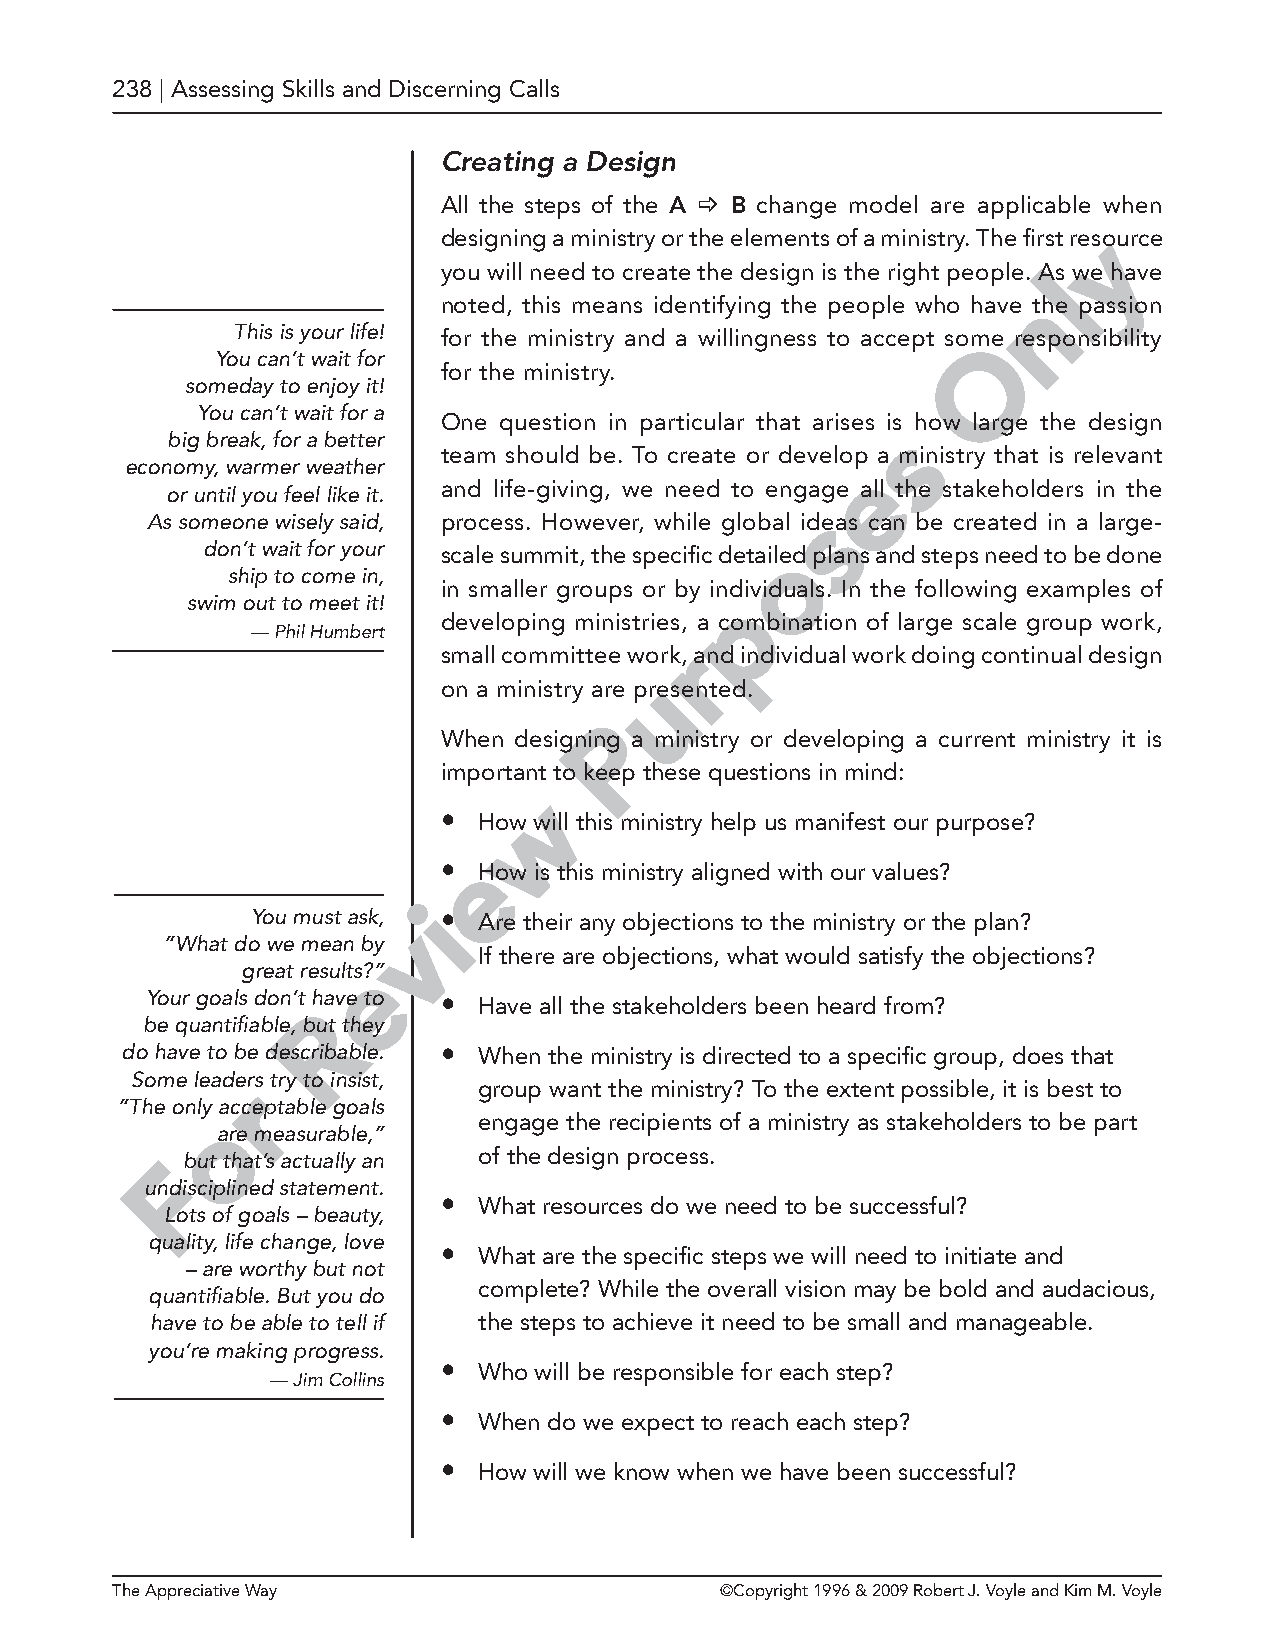
238 | Assessing Skills and Discerning Calls
 Creating a Design
 All the steps of the A  B change model are applicable when
 designing a ministry or the elements of a ministry. The first reysource
 you will need to create the design is the right people. Als we have
 n
 noted, this means identifying the people who have the passion
 This is your life! for the ministry and a willingness to accept somOe responsibility
 You can’t wait for
 for the ministry.
 someday to enjoy it!
 You can’t wait for a
 One question in particular that arises is how large the design
 s
 big break, for a better
 team should be. To create or develop a ministry that is relevant
 economy, warmer weather                          e
 and life-giving, we need to engage all the stakeholders in the
 or until you feel like it.
 s
 As someone wisely said, process. However, while global ideas can be created in a large-
 don’t wait for your scale summit, the specific detailoed plans and steps need to be done
 ship to come in,
 in smaller groups or by individuals. In the following examples of
 swim out to meet it!                p
 developing ministries, a combination of large scale group work,
 — Phil Humbert
 r
 small committee work, and individual work doing continual design
 u
 on a ministry are presented.
 P
 When designing a ministry or developing a current ministry it is
 important to keep these questions in mind:
 w
 •  How will this ministry help us manifest our purpose?
 e
 •  How is this ministry aligned with our values?
 i
 You must ask, v• Are their any objections to the ministry or the plan?
 “What do we mean by
 If there are objections, what would satisfy the objections?
 great resultse?”
 Your goals don’t have to • Have all the stakeholders been heard from?
 R
 be quantifiable, but they
 do have to be describable. • When the ministry is directed to a specific group, does that
 Some leaders try to insist,
 r               group want the ministry? To the extent possible, it is best to
 “The only acceptable goals
 o                 engage the recipients of a ministry as stakeholders to be part
 are measurable,”
 Fbut that’s actually an of the design process.
 undisciplined statement.
 •  What resources do we need to be successful?
 Lots of goals – beauty,
 quality, life change, love
 •  What are the specific steps we will need to initiate and
 – are worthy but not
 complete? While the overall vision may be bold and audacious,
 quantifiable. But you do
 have to be able to tell if the steps to achieve it need to be small and manageable.
 you’re making progress.
 •  Who will be responsible for each step?
 — Jim Collins
 •  When do we expect to reach each step?
 •  How will we know when we have been successful?
 The Appreciative Way                     ©Copyright 1996 & 2009 Robert J. Voyle and Kim M. Voyle